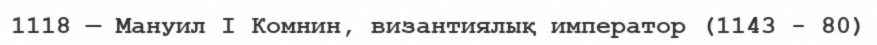
1118 — Мануил I Комнин, византиялық император (1143 - 80)